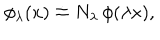
LaTeX: \phi _ { \lambda } ( x ) \doteq N _ { \lambda } \, \phi ( \lambda x ) ,